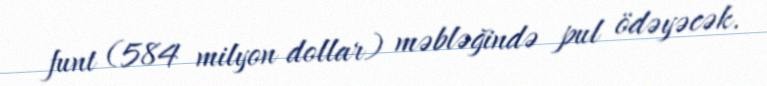
funt (584 milyon dollar) məbləğində pul ödəyəcək.